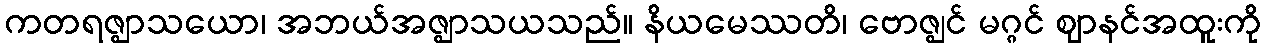
ကတရဇ္ဈာသယော၊ အဘယ်အဇ္ဈာသယသည်။ နိယမေဿတိ၊ ဗောဇ္ဈင် မဂ္ဂင် ဈာနင်အထူးကို